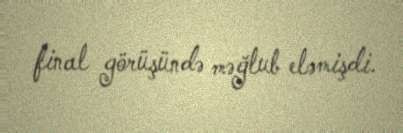
final görüşündə məğlub eləmişdi.